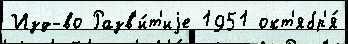
Изд-во Разв'и́т'иjе 1951 окт'ябр'я́